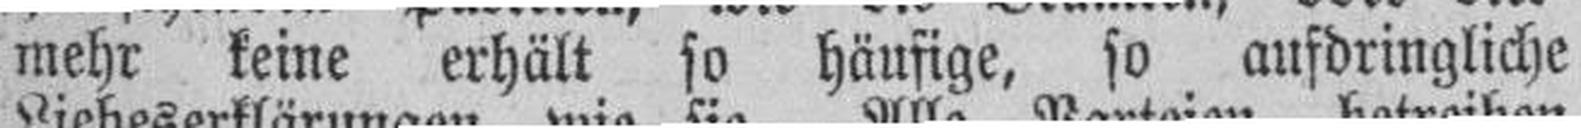
mehr keine erhält so häufige, so aufdringliche